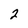
Character: 2